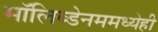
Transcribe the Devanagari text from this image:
मॉलिब्डेनममध्येही